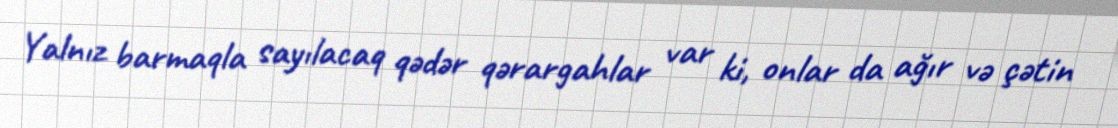
Yalnız barmaqla sayılacaq qədər qərargahlar var ki, onlar da ağır və çətin